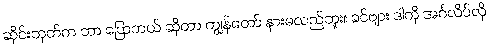
ဆိုင်းဘုတ်က ဘာ ပြောတယ် ဆိုတာ ကျွန်တော် နားမလည်ဘူး။ ခင်ဗျား ဒါကို အင်္ဂလိပ်လို